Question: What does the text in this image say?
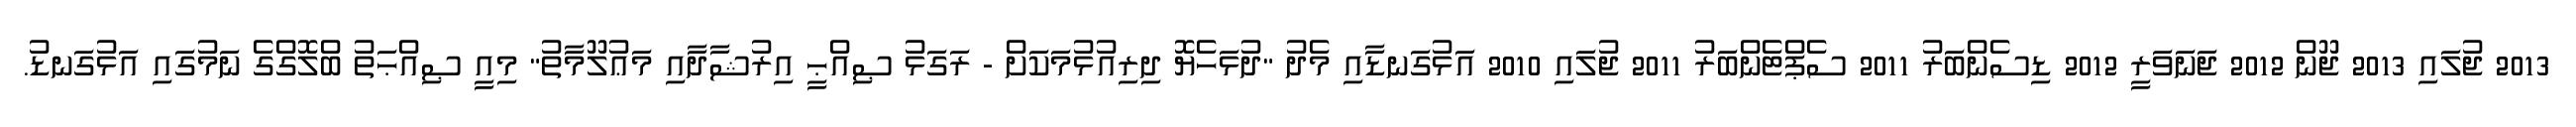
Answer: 2013 ޖުލައި 2013 ޖޫން 2012 ޖަނަވަރީ 2012 ޑިސެންބަރު 2011 ސެޕްޓެންބަރު 2011 ޖުލައި 2010 އަޅުގަނޑާއި މެދު "ދުޅަހެޔޮ ދިރިއުޅުމަކަށް - ރަގަޅު ޞިއްޙީ އިރުޝާދާއި މަޢުލޫމާތު" މިއީ ޞިއްޙަތު ބްލޮގްގެ ނަމުގައި އަޅުގަނޑު.